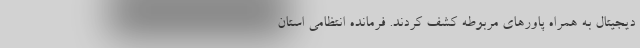
دیجیتال به همراه پاور‌های مربوطه کشف کردند. فرمانده انتظامی استان